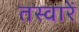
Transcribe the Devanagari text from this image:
तस्‍वारें